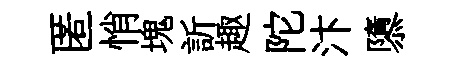
匿悄塊訢趣陀汴隳